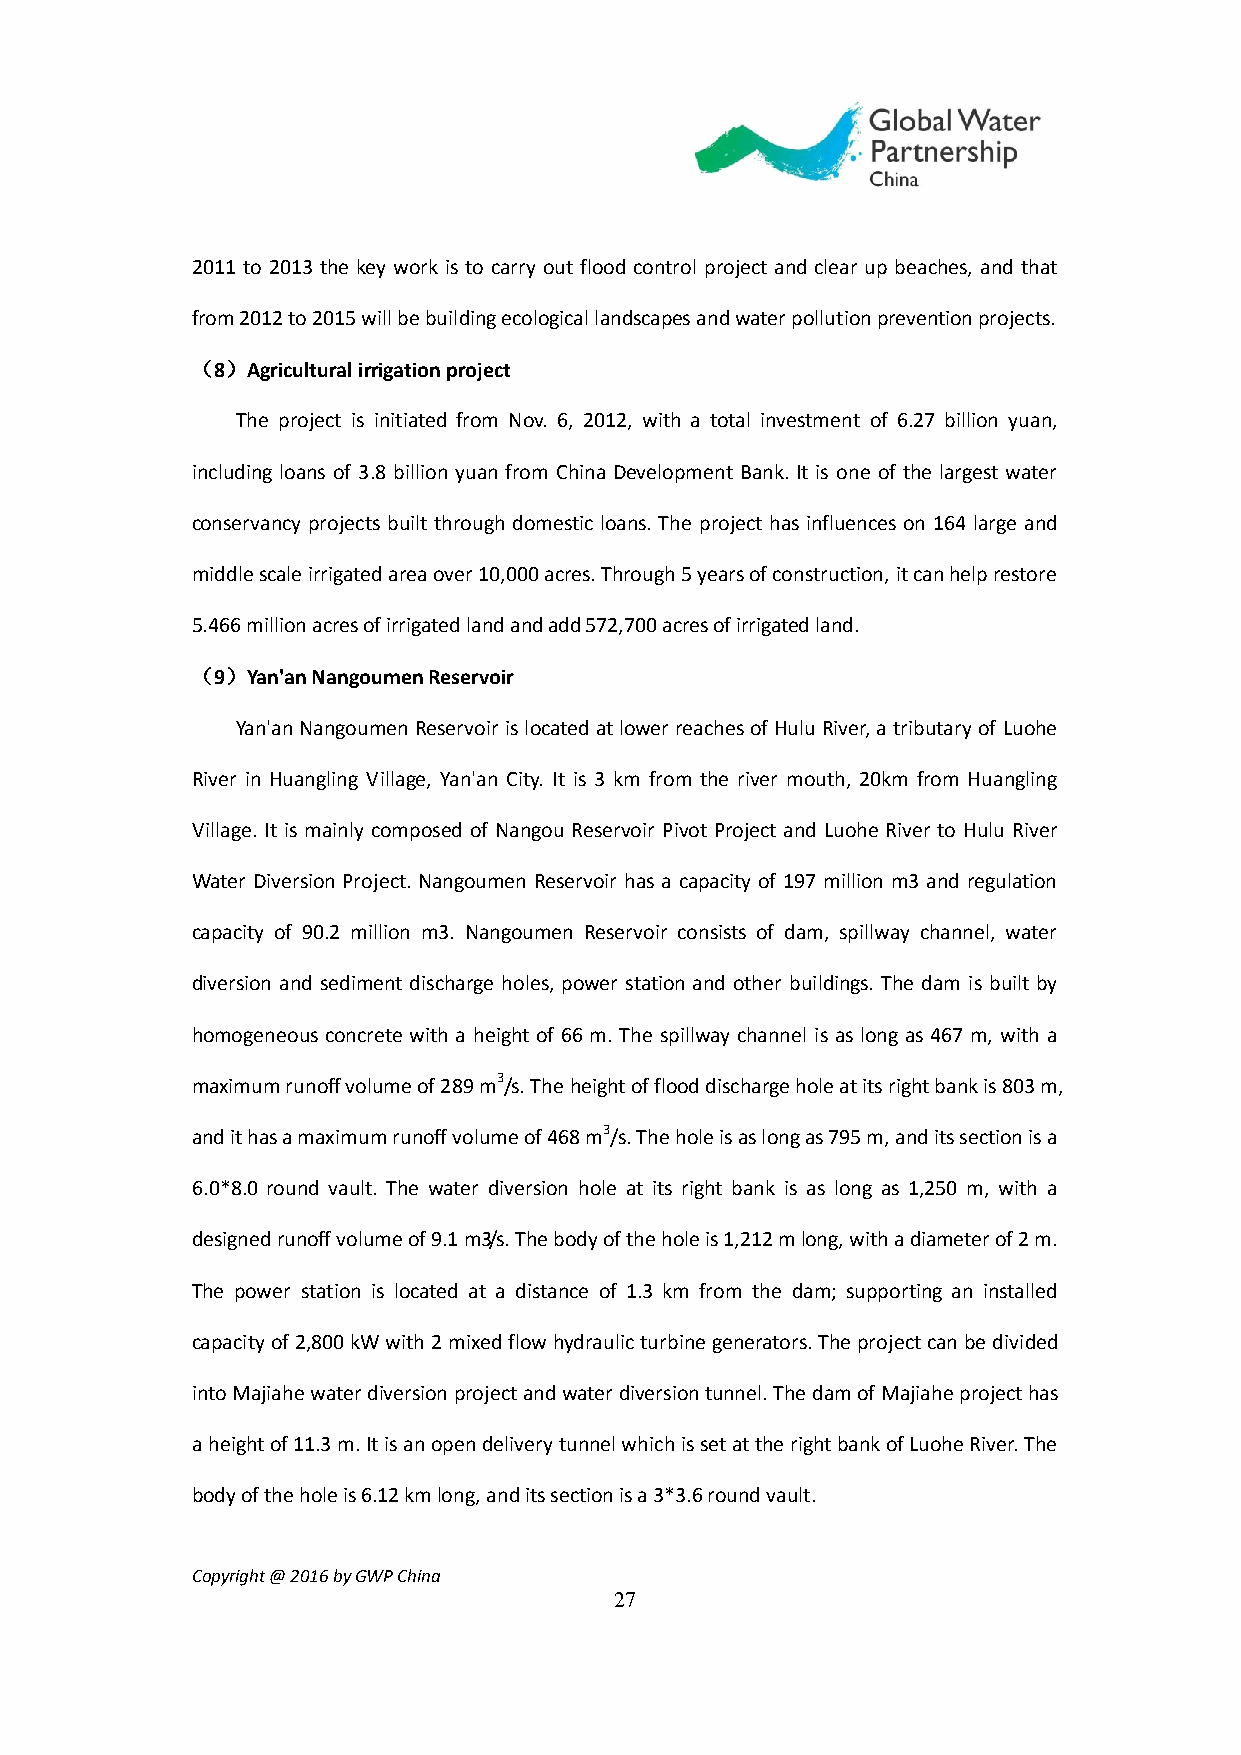
2011 to 2013 the key work is to carry out flood control project and clear up beaches, and that
 from 2012 to 2015 will be building ecological landscapes and water pollution prevention projects.
 （8）Agricultural irrigation project
 The project is initiated from Nov. 6, 2012, with a total investment of 6.27 billion yuan,
 including loans of 3.8 billion yuan from China Development Bank. It is one of the largest water
 conservancy projects built through domestic loans. The project has influences on 164 large and
 middle scale irrigated area over 10,000 acres. Through 5 years of construction, it can help restore
 5.466 million acres of irrigated land and add 572,700 acres of irrigated land.
 （9）Yan'an Nangoumen Reservoir
 Yan'an Nangoumen Reservoir is located at lower reaches of Hulu River, a tributary of Luohe
 River in Huangling Village, Yan'an City. It is 3 km from the river mouth, 20km from Huangling
 Village. It is mainly composed of Nangou Reservoir Pivot Project and Luohe River to Hulu River
 Water Diversion Project. Nangoumen Reservoir has a capacity of 197 million m3 and regulation
 capacity of 90.2 million m3. Nangoumen Reservoir consists of dam, spillway channel, water
 diversion and sediment discharge holes, power station and other buildings. The dam is built by
 homogeneous concrete with a height of 66 m. The spillway channel is as long as 467 m, with a
 maximum runoff volume of 289 m3/s. The height of flood discharge hole at its right bank is 803 m,
 and it has a maximum runoff volume of 468 m3/s. The hole is as long as 795 m, and its section is a
 6.0*8.0 round vault. The water diversion hole at its right bank is as long as 1,250 m, with a
 designed runoff volume of 9.1 m3/s. The body of the hole is 1,212 m long, with a diameter of 2 m.
 The power station is located at a distance of 1.3 km from the dam; supporting an installed
 capacity of 2,800 kW with 2 mixed flow hydraulic turbine generators. The project can be divided
 into Majiahe water diversion project and water diversion tunnel. The dam of Majiahe project has
 a height of 11.3 m. It is an open delivery tunnel which is set at the right bank of Luohe River. The
 body of the hole is 6.12 km long, and its section is a 3*3.6 round vault.
 Copyright @ 2016 by GWP China
 27